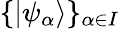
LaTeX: \{ \vert\psi_{\alpha}\rangle\} _{\alpha\in I}